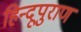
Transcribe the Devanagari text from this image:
हिन्दूपुराण